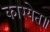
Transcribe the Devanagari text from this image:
कारयेत्॥